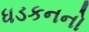
ધડકનનો